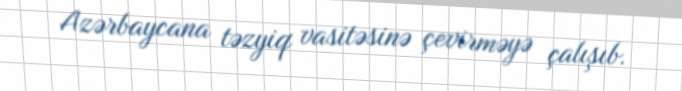
Azərbaycana təzyiq vasitəsinə çevirməyə çalışıb.